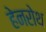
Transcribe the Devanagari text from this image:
हेनरोथ